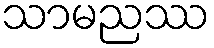
သာမညဿ